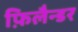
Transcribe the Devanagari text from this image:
फ़िलैन्डर